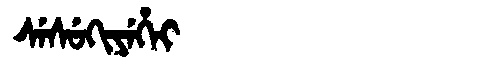
Manchu: ᠰᡝᠰᡠᡴᡳᠶᡝᡥᡝᡳ
Romanization: SESUKIYEHEI